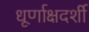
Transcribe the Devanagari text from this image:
धूर्णाक्षदर्शी